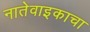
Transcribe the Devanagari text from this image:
नातेवाइकाचा